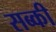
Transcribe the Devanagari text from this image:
सब्की